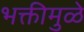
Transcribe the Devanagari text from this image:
भक्तीमुळे